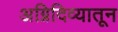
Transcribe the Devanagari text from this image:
अग्निदिव्यातून